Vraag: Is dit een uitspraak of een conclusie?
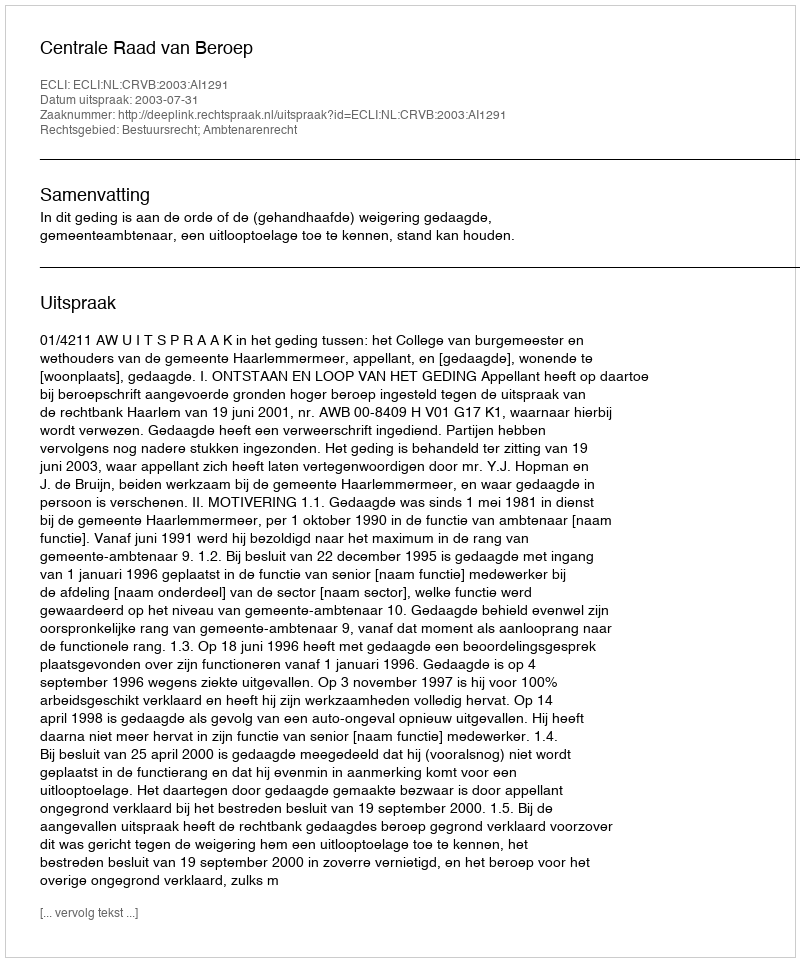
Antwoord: Uitspraak